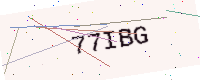
Text: 77IBG